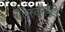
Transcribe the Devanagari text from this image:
तिरुवनैकल